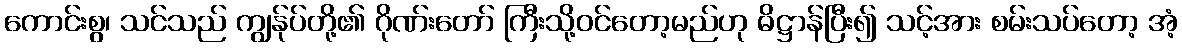
ကောင်းစွ၊ သင်သည် ကျွန်ုပ်တို့၏ ဂိုဏ်းတော် ကြီးသို့ဝင်တော့မည်ဟု ဓိဋ္ဌာန်ပြီး၍ သင့်အား စမ်းသပ်တော့ အံ့